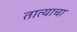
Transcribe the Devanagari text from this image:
तात्याचा